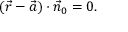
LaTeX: ( { \vec { r } } - { \vec { a } } ) \cdot { \vec { n } } _ { 0 } = 0 .